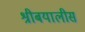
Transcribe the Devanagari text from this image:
श्रीबयालीस